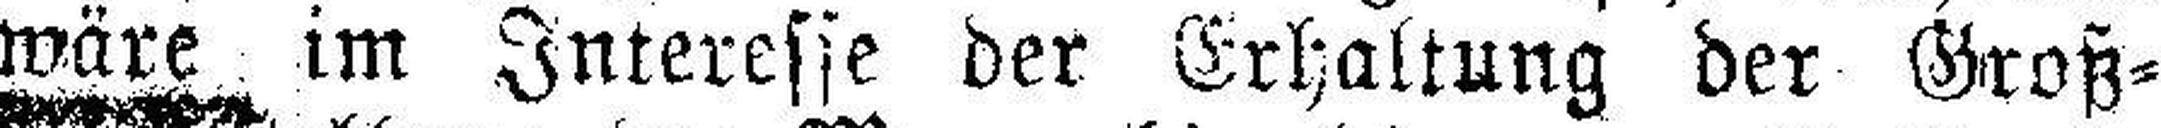
wäre im Interesse der Erhaltung der Groß¬